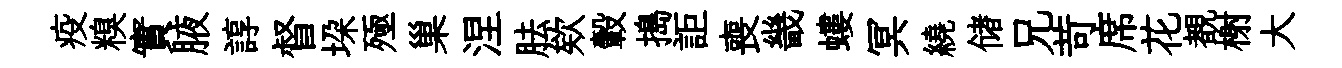
疫糗實腋諄督垜殛巢涅胠欸轂搗詎喪畿螻冥繞储兄苛席花覩榭大